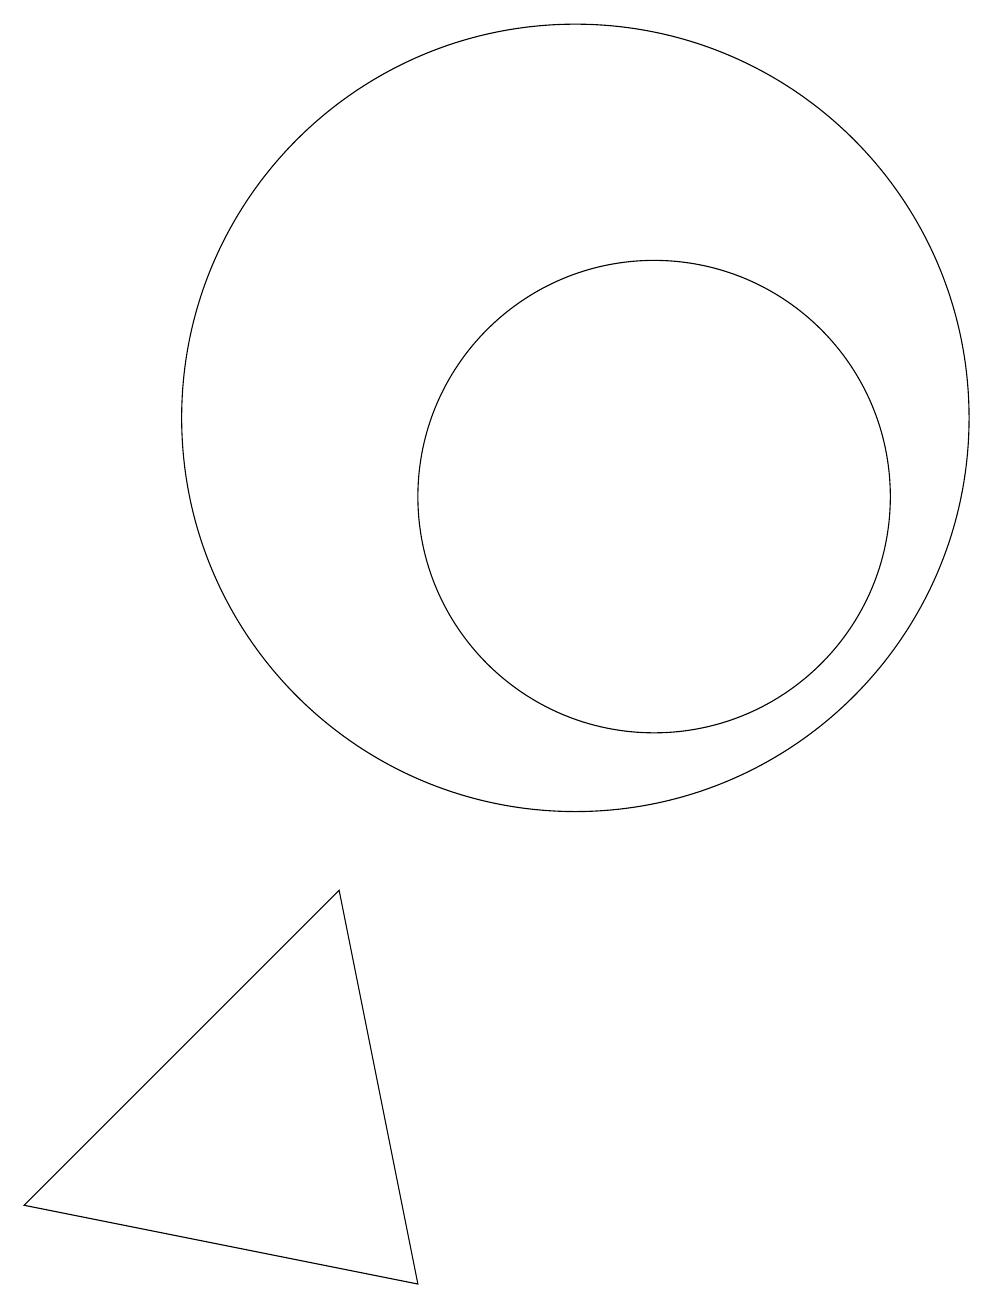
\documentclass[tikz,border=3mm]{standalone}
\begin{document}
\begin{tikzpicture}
\draw (3,1) -- (7,5) -- (8,0) -- cycle;
\draw (10,11) circle (5);
\draw (11,10) circle (3);
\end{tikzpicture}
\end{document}